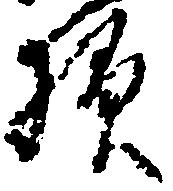
様